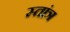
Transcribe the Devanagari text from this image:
स्तांत्र